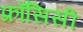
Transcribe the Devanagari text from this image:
फ्राँसिसी